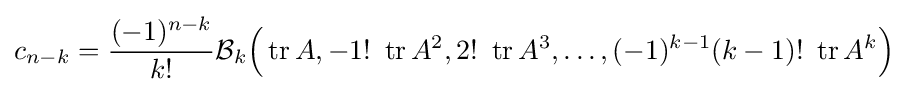
c_{n-k}={\frac {(-1)^{n-k}}{k!}}{\mathcal {B}}_{k}{\Bigl (}\operatorname {tr} A,-1!~\operatorname {tr} A^{2},2!~\operatorname {tr} A^{3},\ldots ,(-1)^{k-1}(k-1)!~\operatorname {tr} A^{k}{\Bigr )}